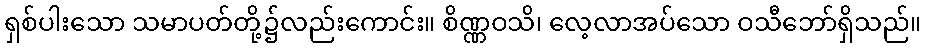
ရှစ်ပါးသော သမာပတ်တို့၌လည်းကောင်း။ စိဏ္ဏဝသိ၊ လေ့လာအပ်သော ဝသီဘော်ရှိသည်။